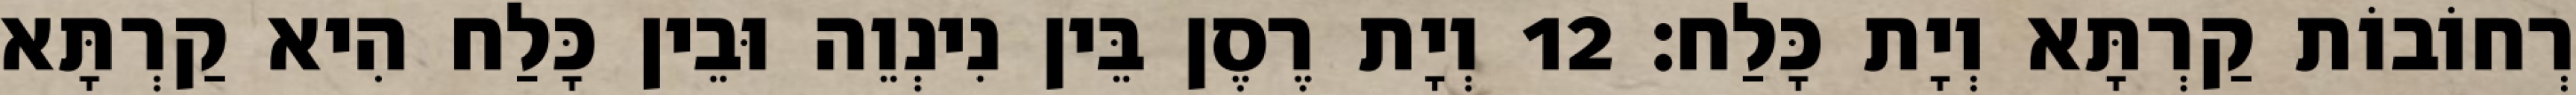
רְחוֹבוֹת קַרְתָּא וְיָת כָּלַח׃ 12 וְיָת רֶסֶן בֵּין נִינְוֵה וּבֵין כָּלַח הִיא קַרְתָּא